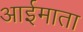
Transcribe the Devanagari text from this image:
आईमाता